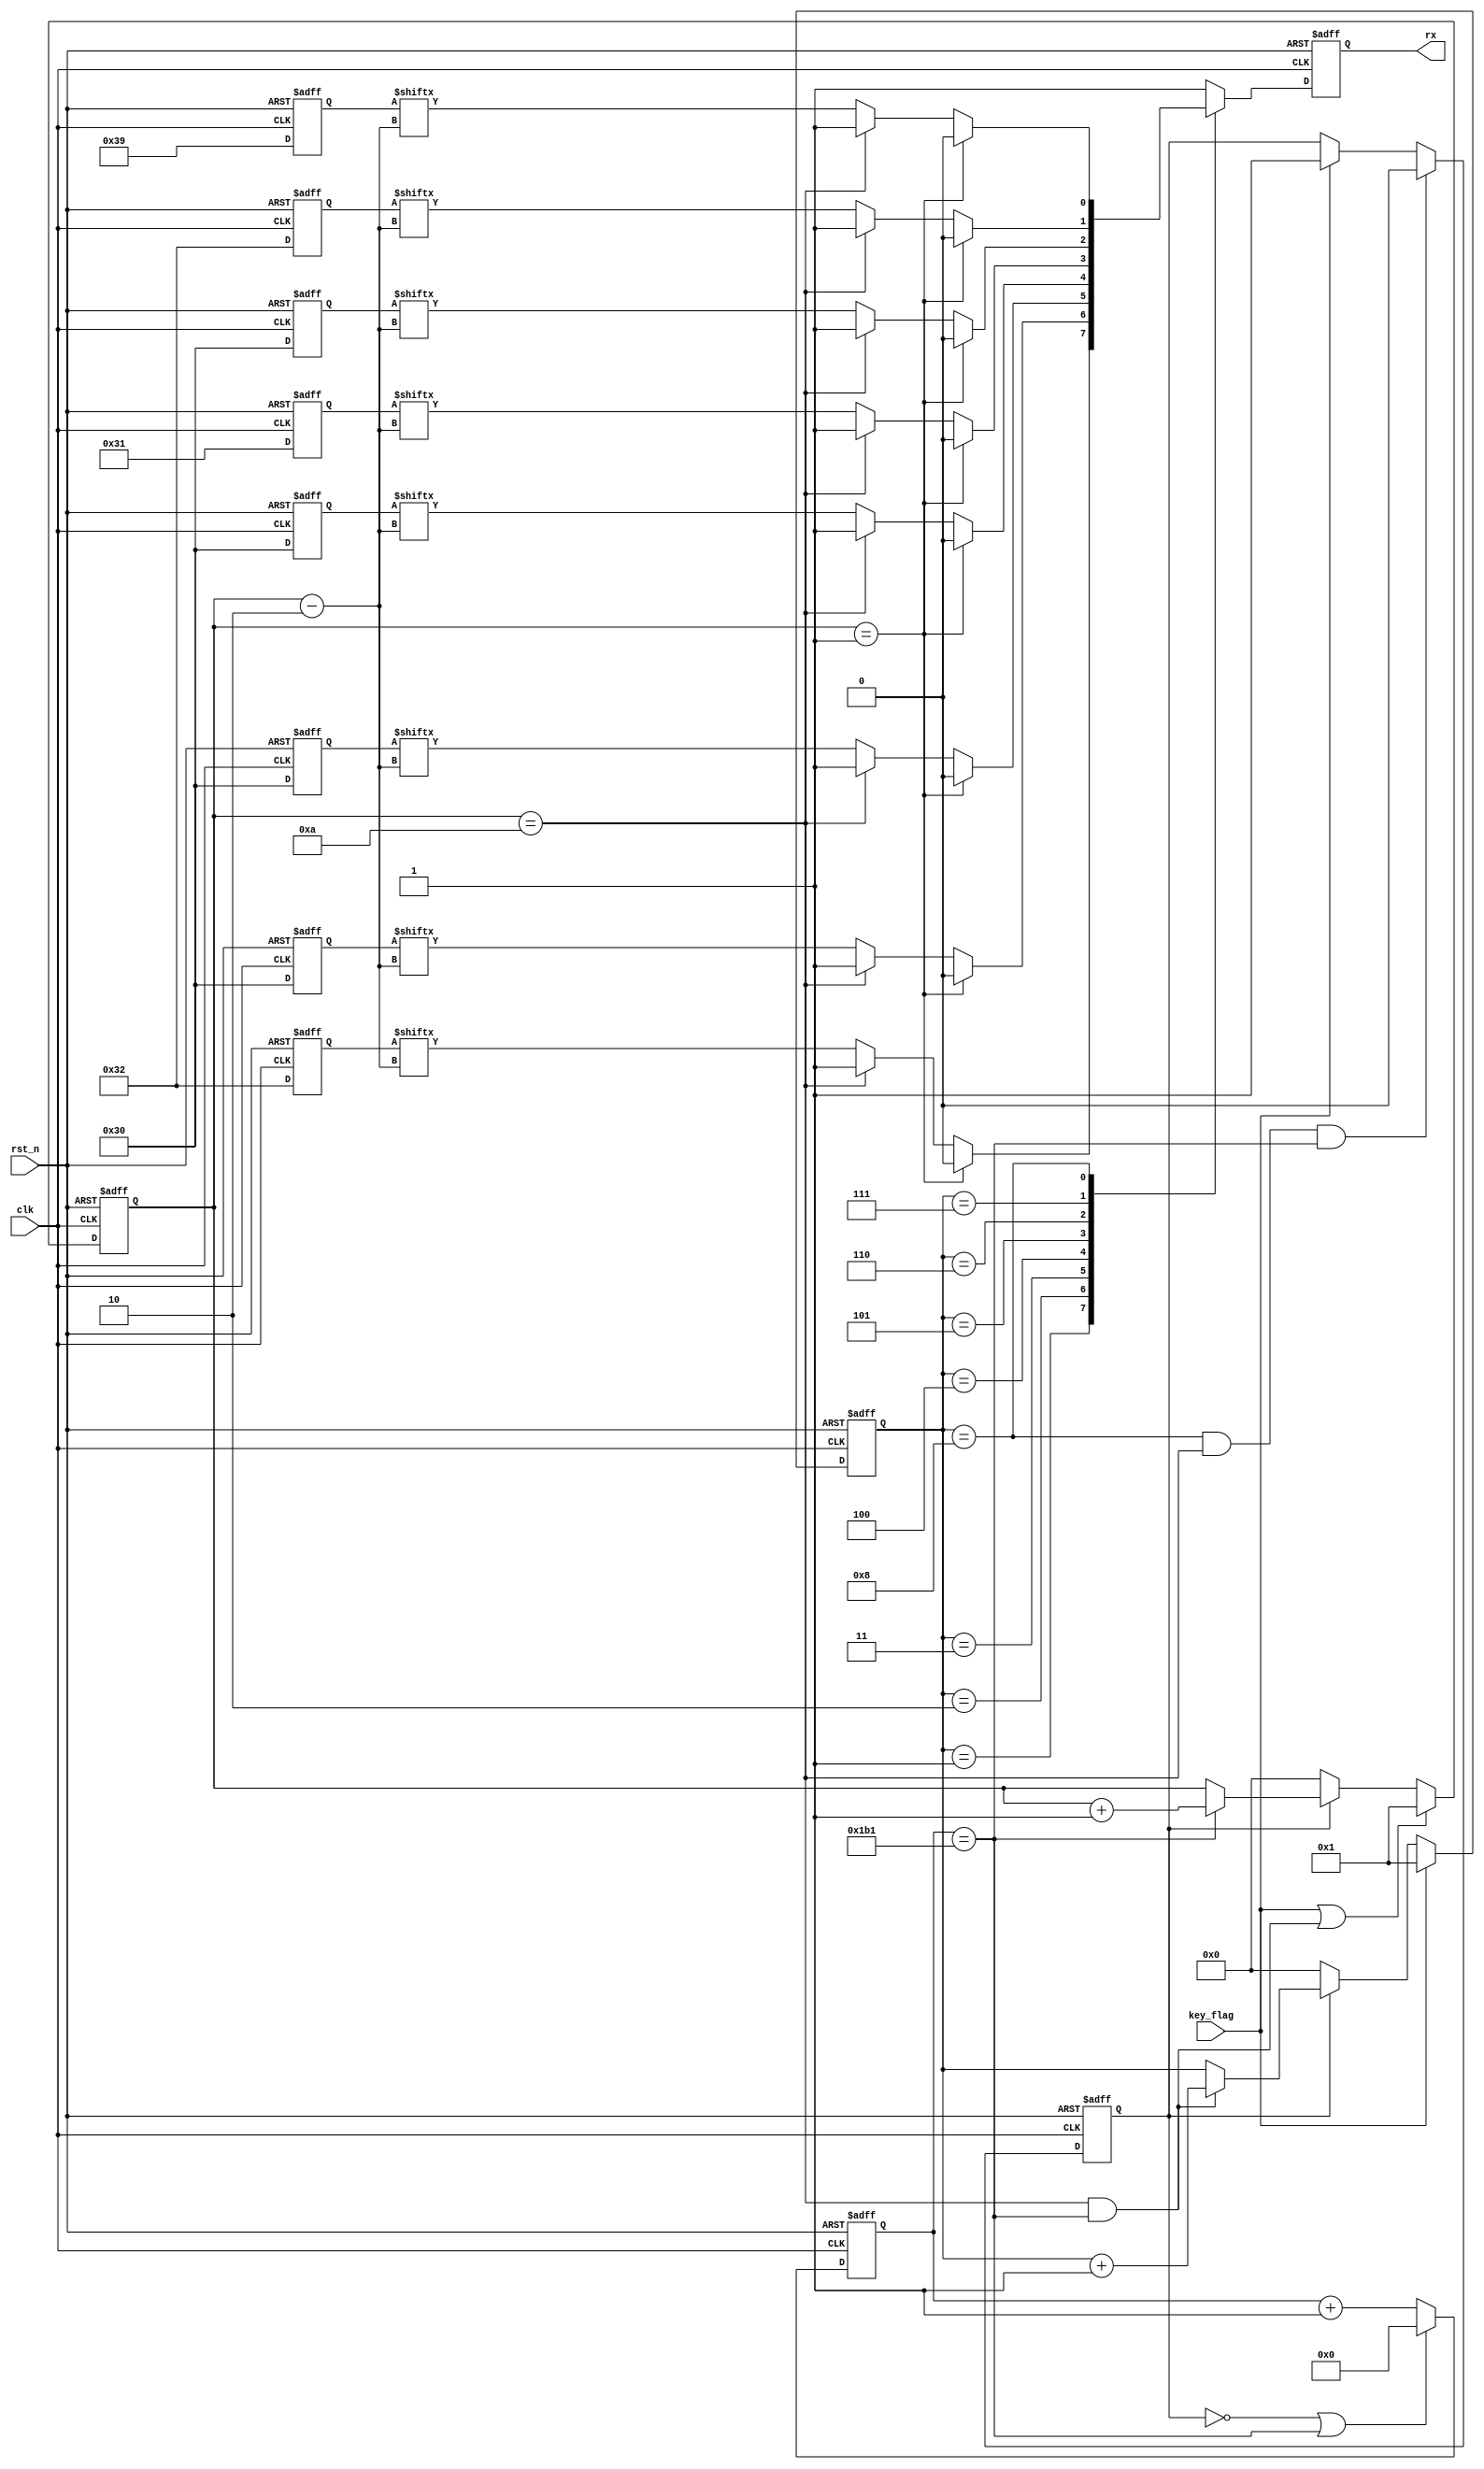
module Data_Gen 
#(
	parameter birth_year = 16'h2000,
	parameter birth_month = 8'h10,
	parameter birth_day = 8'h29,
	parameter baud_cnt_max = 12'd433
)
(
	input clk,
	input rst_n,
	input key_flag,
	output reg rx
);

	/****************************/
	reg [7:0] birth_year_thous;
	reg [7:0] birth_year_hunds;
	reg [7:0] birth_year_tens;
	reg [7:0] birth_year_units;

	reg [7:0] birth_month_tens;
	reg [7:0] birth_month_units;

	reg [7:0] birth_day_tens;
	reg [7:0] birth_day_units;
	/****************************/

	reg work_en;	//work
	reg [11:0] baud_cnt;

	reg [3:0] bit_cnt;
	reg [3:0] birth_cnt;

	/*work*/
	always @(posedge clk or negedge rst_n) begin
		if(~rst_n) begin
			work_en <= 1'd0;
		end else if(birth_cnt == 4'd8 && bit_cnt == 4'd10 && baud_cnt == baud_cnt_max) begin
			work_en <= 1'd0;
		end else if(key_flag) begin
			work_en <= 1'd1;
		end else begin
			work_en <= work_en;
		end
	end

	/*baud_cnt*/
	always @(posedge clk or negedge rst_n) begin
		if(~rst_n) begin
			baud_cnt <= 12'd0;
		end else if(!work_en || baud_cnt == baud_cnt_max) begin
			baud_cnt <= 12'd0;
		end else begin
			baud_cnt <= baud_cnt + 12'd1;
		end
	end

	/*bit_cnt*/
	always @(posedge clk or negedge rst_n) begin
		if(~rst_n) begin
			bit_cnt <= 4'd0;
		end else if(key_flag || (bit_cnt == 4'd10 && baud_cnt == baud_cnt_max)) begin
			bit_cnt <= 4'd1;
		end else if(!work_en) begin
			bit_cnt <= 4'd0;
		end else if(baud_cnt == baud_cnt_max) begin
			bit_cnt <= bit_cnt + 4'd1;
		end else begin
			bit_cnt <= bit_cnt;
		end
	end

	/*birth_cnt*/
	always @(posedge clk or negedge rst_n) begin
		if(~rst_n) begin
			birth_cnt <= 4'd0;
		end else if(key_flag) begin
			birth_cnt <= 4'd1;
		end else if(!work_en) begin
			birth_cnt <= 4'd0;
		end else if(bit_cnt == 4'd10 && baud_cnt == baud_cnt_max) begin
			birth_cnt <= birth_cnt + 4'd1;
		end else begin
			birth_cnt <= birth_cnt;
		end
	end

	/*temp*/
	always @(posedge clk or negedge rst_n) begin
		if(~rst_n) begin
			birth_year_thous <= 8'h00;
			birth_year_hunds <= 8'h00;
			birth_year_tens <= 8'h00;
			birth_year_units <= 8'h00;
			birth_month_tens <= 8'h00;
			birth_month_units <= 8'h00;
			birth_day_tens <= 8'h00;
			birth_day_units <= 8'h00;
		end else begin
			birth_year_thous <= {4'b0011,birth_year[15:12]};
			birth_year_hunds <= {4'b0011,birth_year[11:8]};
			birth_year_tens <= {4'b0011,birth_year[7:4]};
			birth_year_units <= {4'b0011,birth_year[3:0]};
			birth_month_tens <= {4'b0011,birth_month[7:4]};
			birth_month_units <= {4'b0011,birth_month[3:0]};
			birth_day_tens <= {4'b0011,birth_day[7:4]};
			birth_day_units <= {4'b0011,birth_day[3:0]};
		end
	end


	/*output rx*/
	always @(posedge clk or negedge rst_n) begin
		if(~rst_n) begin
			rx <= 1'd1;
		end else begin
			case(birth_cnt)
				4'd1 : rx <= (bit_cnt == 4'd1) ? 1'd0 : (bit_cnt == 4'd10) ? 1'd1 : birth_year_thous[bit_cnt - 4'd2];
				4'd2 : rx <= (bit_cnt == 4'd1) ? 1'd0 : (bit_cnt == 4'd10) ? 1'd1 : birth_year_hunds[bit_cnt - 4'd2];
				4'd3 : rx <= (bit_cnt == 4'd1) ? 1'd0 : (bit_cnt == 4'd10) ? 1'd1 : birth_year_tens[bit_cnt - 4'd2];
				4'd4 : rx <= (bit_cnt == 4'd1) ? 1'd0 : (bit_cnt == 4'd10) ? 1'd1 : birth_year_units[bit_cnt - 4'd2];
				4'd5 : rx <= (bit_cnt == 4'd1) ? 1'd0 : (bit_cnt == 4'd10) ? 1'd1 : birth_month_tens[bit_cnt - 4'd2];
				4'd6 : rx <= (bit_cnt == 4'd1) ? 1'd0 : (bit_cnt == 4'd10) ? 1'd1 : birth_month_units[bit_cnt - 4'd2];
				4'd7 : rx <= (bit_cnt == 4'd1) ? 1'd0 : (bit_cnt == 4'd10) ? 1'd1 : birth_day_tens[bit_cnt - 4'd2];
				4'd8 : rx <= (bit_cnt == 4'd1) ? 1'd0 : (bit_cnt == 4'd10) ? 1'd1 : birth_day_units[bit_cnt - 4'd2];
				default : rx <= 1'd1;
			endcase
		end
	end

endmodule